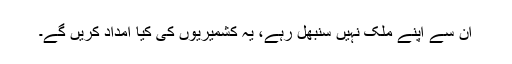
ان سے اپنے ملک نہیں سنبھل رہے، یہ کشمیریوں کی کیا امداد کریں گے۔